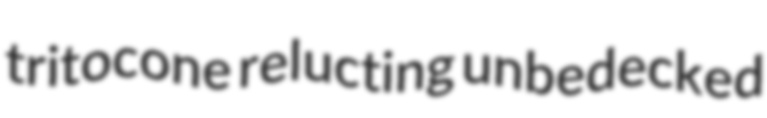
tritocone relucting unbedecked